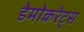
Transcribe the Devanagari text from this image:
डेमोकरेट्स